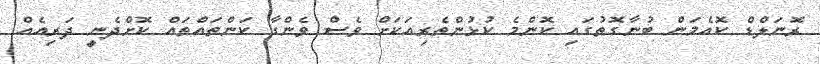
ރޮނަލްޑް ކޮއެމަން ބުނާގޮތުގައި ކޮންމެ ކުޅުންތެރިއަކަށް ވެސް ވެންގާ ކަންތައްތައް ކޮށްދެނީ ދަރިއެއް